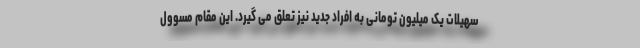
سهیلات یک میلیون تومانی به افراد جدید نیز تعلق می گیرد. این مقام مسوول